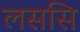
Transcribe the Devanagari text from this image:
लससि